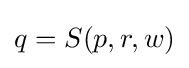
q=S(p,r,w)